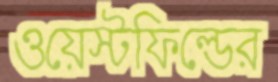
ওয়েস্টফিল্ডের